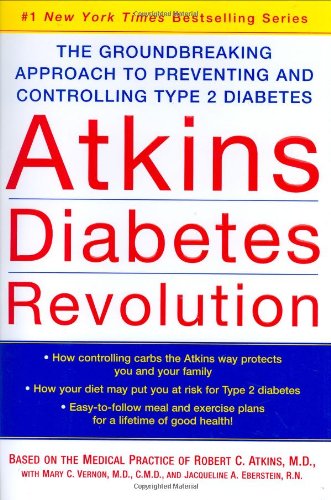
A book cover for Atkins Diabetes Revolution: The Groundbreaking Approach to Preventing and Controlling Type 2 Diabetes; Robert C. Atkins; Health, Fitness & Dieting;